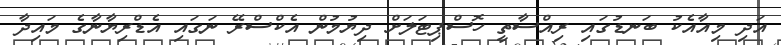
އަދި މިއާއެކު ބަނޑުގައި ރިއްސާތީ ހޮސްޕިޓަލަށް ދިޔުމުން އެކްސްރޭ ނަގައި އެޑްރިޔާނާގެ މައިދާ